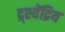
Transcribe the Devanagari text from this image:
द्र्श्येंद्रिय